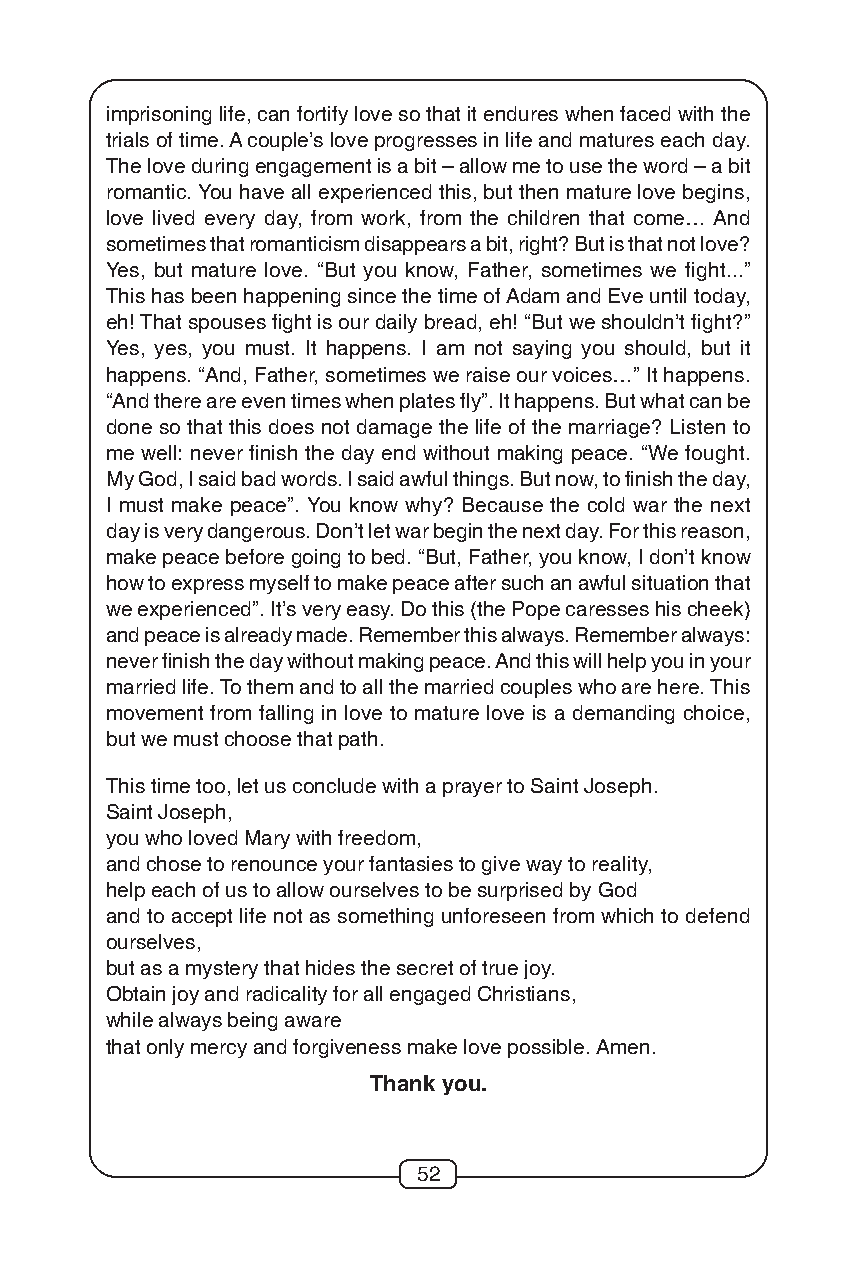
imprisoning life, can fortify love so that it endures when faced with the
 trials of time. A couple’s love progresses in life and matures each day.
 The love during engagement is a bit – allow me to use the word – a bit
 romantic. You have all experienced this, but then mature love begins,
 love lived every day, from work, from the children that come… And
 sometimes that romanticism disappears a bit, right? But is that not love?
 Yes, but mature love. “But you know, Father, sometimes we fight...”
 This has been happening since the time of Adam and Eve until today,
 eh! That spouses fight is our daily bread, eh! “But we shouldn’t fight?”
 Yes, yes, you must. It happens. I am not saying you should, but it
 happens. “And, Father, sometimes we raise our voices…” It happens.
 “And there are even times when plates fly”. It happens. But what can be
 done so that this does not damage the life of the marriage? Listen to
 me well: never finish the day end without making peace. “We fought.
 My God, I said bad words. I said awful things. But now, to finish the day,
 I must make peace”. You know why? Because the cold war the next
 day is very dangerous. Don’t let war begin the next day. For this reason,
 make peace before going to bed. “But, Father, you know, I don’t know
 how to express myself to make peace after such an awful situation that
 we experienced”. It’s very easy. Do this (the Pope caresses his cheek)
 and peace is already made. Remember this always. Remember always:
 never finish the day without making peace. And this will help you in your
 married life. To them and to all the married couples who are here. This
 movement from falling in love to mature love is a demanding choice,
 but we must choose that path.
 This time too, let us conclude with a prayer to Saint Joseph.
 Saint Joseph,
 you who loved Mary with freedom,
 and chose to renounce your fantasies to give way to reality,
 help each of us to allow ourselves to be surprised by God
 and to accept life not as something unforeseen from which to defend
 ourselves,
 but as a mystery that hides the secret of true joy.
 Obtain joy and radicality for all engaged Christians,
 while always being aware
 that only mercy and forgiveness make love possible. Amen.
 Thank you.
 52